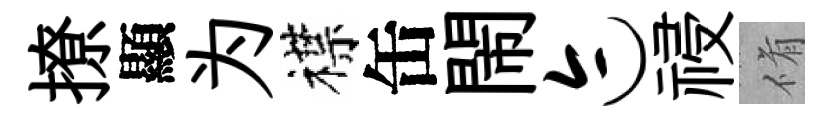
撩顯为襟缶閙迹祲脩